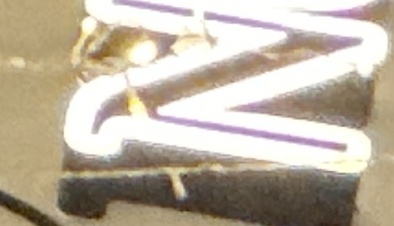
N